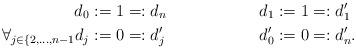
LaTeX: \begin{align*} d_0 & := 1 =: d_n & d_1 & := 1 =: d'_1 \\ \forall_{j \in \{2, \dots, n-1} d_j & := 0 =: d'_j & d'_0 & := 0 =: d'_n. \end{align*}